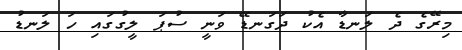
މިރޭގެ ދެ ލަނޑާ އެކު ދަގަނޑޭ ވަނީ ސުޕަ ލީގުގައި ހަ ލަނޑު